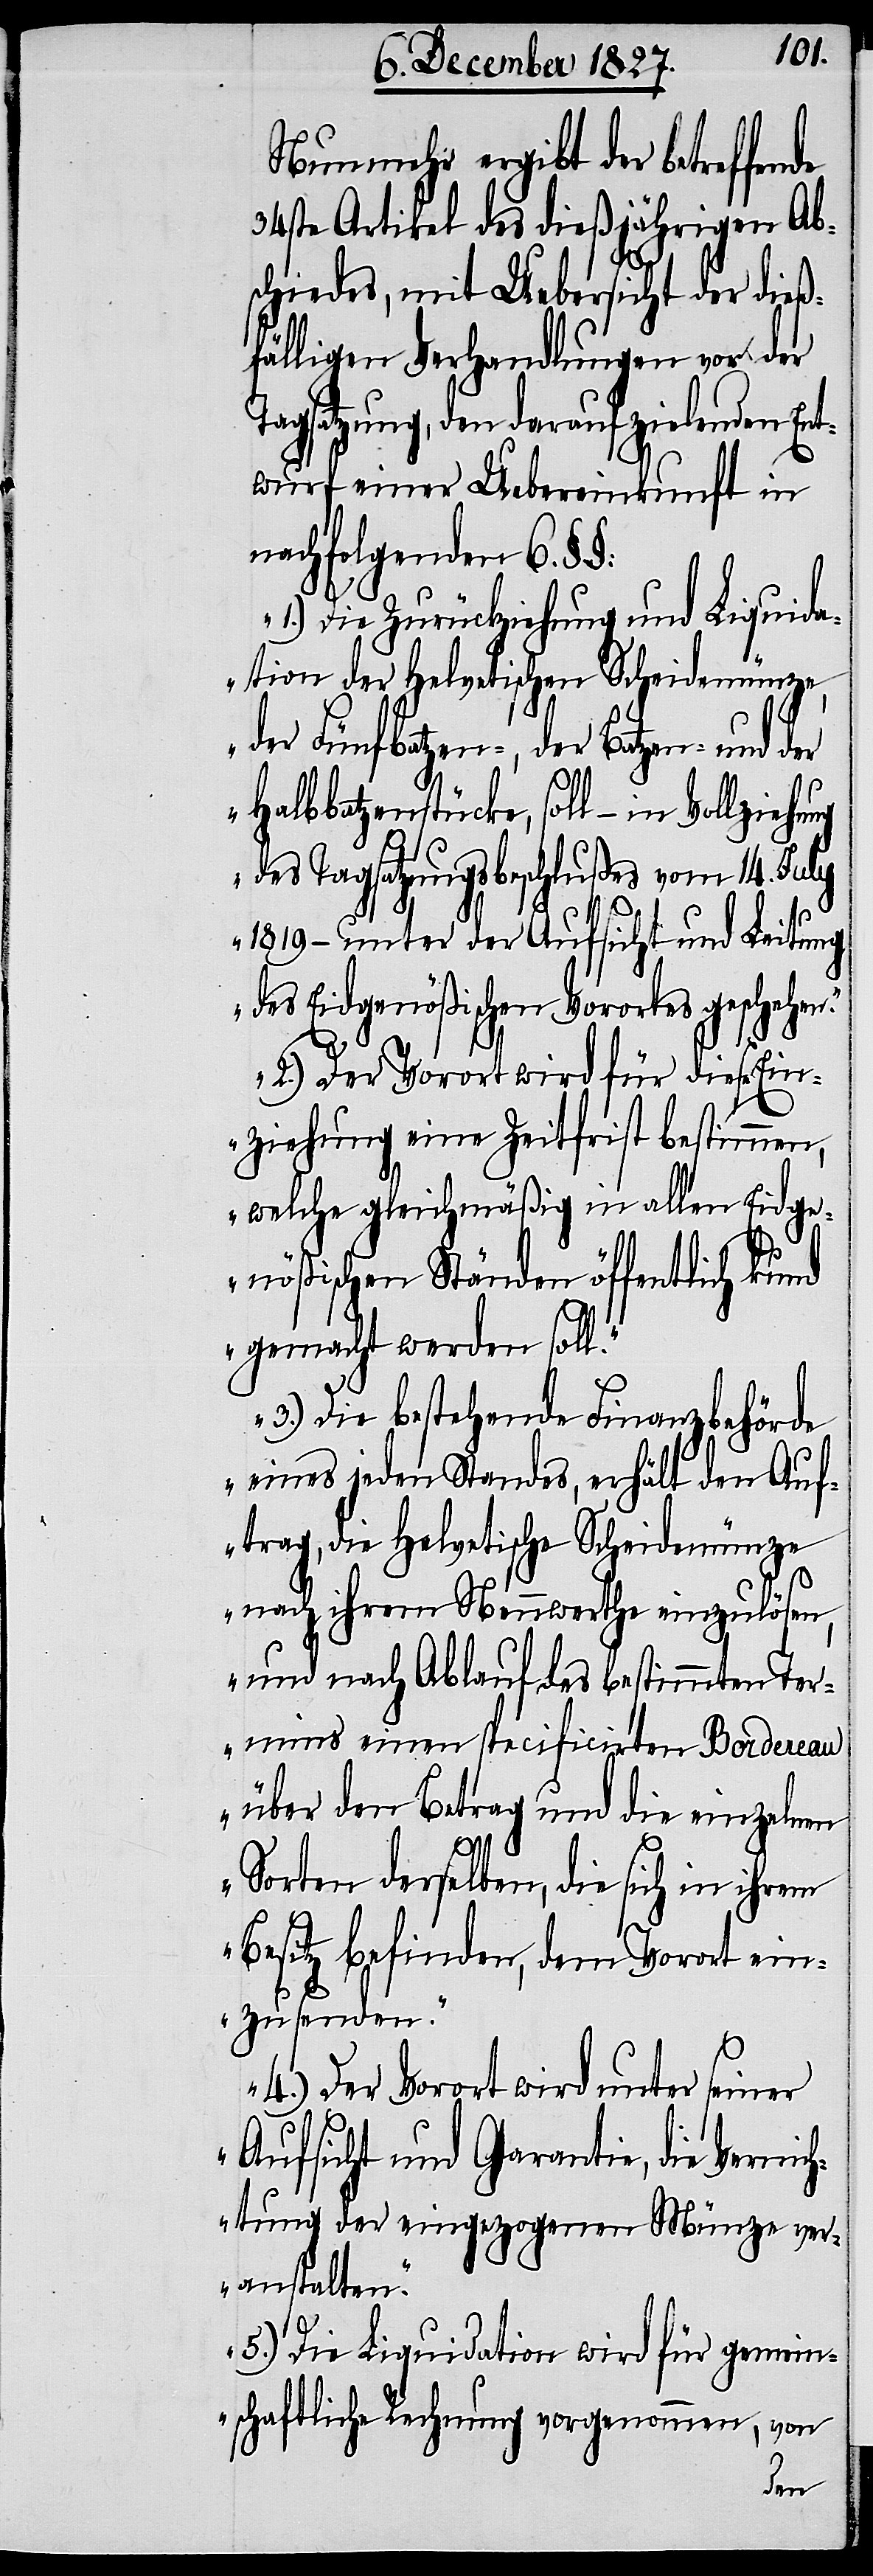
Nunmehr ergibt der betreffende
34ste Artikel des dießjährigen Ab¬
schiedes, mit Uebersicht der dieß¬
fälligen Verhandlungen vor der
Tagsatzung, den darauf zielenden Ent¬
wurf einer Uebereinkunft in
nachfolgenden 6.
Die Zurückziehung und Liquida¬
tion der Helvetischen Scheidemünze,
der Fünfbatzen-, der Batzen- und
Halbbatzenstücke, soll – in
des Tagsatzungsbeschlußes vom 14. July
1819 – unter der Aufsicht und Leitung
des Eidgenößischen Vorortes geschehen.
2.) Der Vorort wird für diese Ein¬
ziehung eine Zeitfrist bestimmen,
welche gleichmäßig in allen Eidge¬
nößischen Ständen öffentlich kund
gemacht werden soll.
3.) Die bestehende Finanzbehörde
eines jeden Standes, erhält den Auf¬
trag, die Helvetische Scheidemünze
nach ihrem Nennwerthe einzulösen,
und nach Ablauf des bestimmten Ter¬
mins einen specificirten Borderau
über den Betrag und die einzelnen
Sorten derselben, die sich in ihrem
Besitz befinden, dem Vorort ein¬
zusenden.
4.) Der Vorort wird unter seiner
Aufsicht und Garantie, die Vernich¬
tung der eingezogenen Münze ver¬
anstalten.
5.) Die Liquidation wird für gemein¬
schaftliche Rechnung vorgenommen, von
der